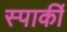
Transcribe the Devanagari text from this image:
स्पार्की